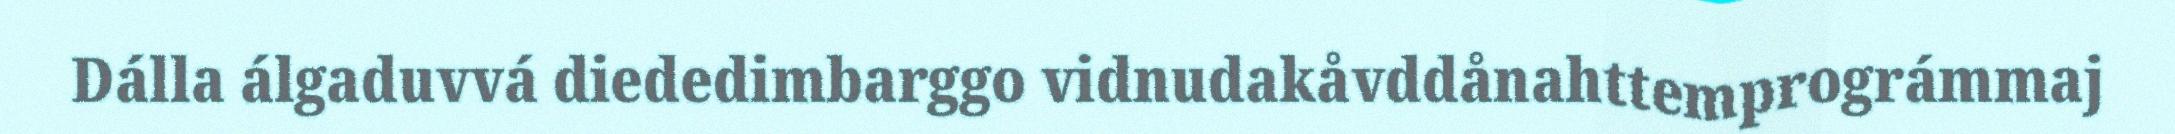
Dálla álgaduvvá diededimbarggo vidnudakåvddånahttemprográmmaj